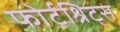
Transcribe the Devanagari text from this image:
फोर्टश्रिट्स